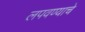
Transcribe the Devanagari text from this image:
लपवण्याचे